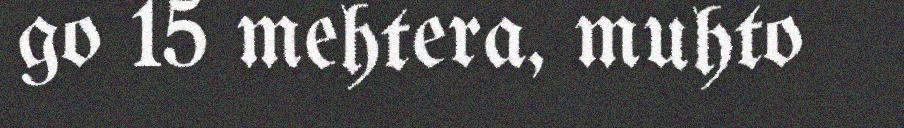
go 15 mehtera, muhto